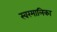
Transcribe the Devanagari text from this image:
स्वरमालिका